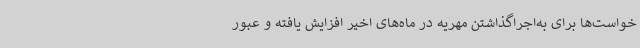
خواست‌ها برای به‌اجراگذاشتن مهریه در ماه‌های اخیر افزایش یافته و عبور